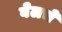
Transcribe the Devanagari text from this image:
बेलचे